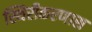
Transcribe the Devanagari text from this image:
स्थिरीकरणास